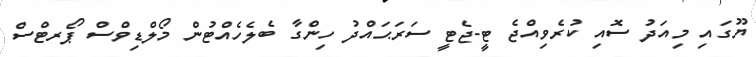
ޔޫގައި މިއަދު ސޮއި ކުރެވިއްޖެ ޓީ-ޖެޓީ ސަރަޙައްދު ހިންގާ ބެލެހެއްޓުން މޯލްޑިވްސް ޕޯރޓްސް